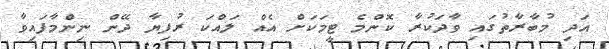
އަދި މުބާރާތުގައި ވާދަކުރާ ކޮންމެ ޓީމަކަށް އެއް ލައްކަ ރުފިޔާ ދޭން ނިންމާފައިވާ